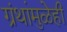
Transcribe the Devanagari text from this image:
ग्रंथांमुळेही